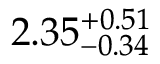
2 . 3 5 _ { - 0 . 3 4 } ^ { + 0 . 5 1 }